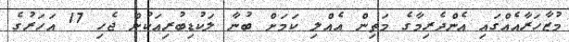
މުޒާހަރާއެއްގައި އެންދެރިމާގެ މަތިން އެއްލި ކަމަށް ބުނާ ލަކުޑިބުރިއަކުން ޖެހި 17 އަހަރުގެ